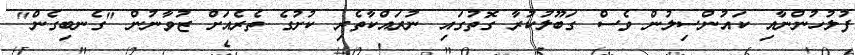
ފުލުހުންނާއި ކައުންސިލުން ވެސް ގަބޫލުކުރާ ގޮތުގައި ނުރައްކާތެރި ކުށުގެ ތެރެއަށް ޒުވާނުން "ގެނބިގެން"